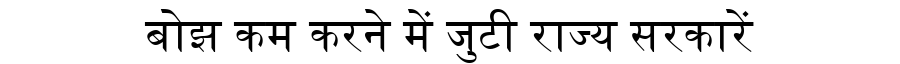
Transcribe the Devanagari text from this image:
बोझ कम करने में जुटी राज्य सरकारें